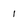
Character: I